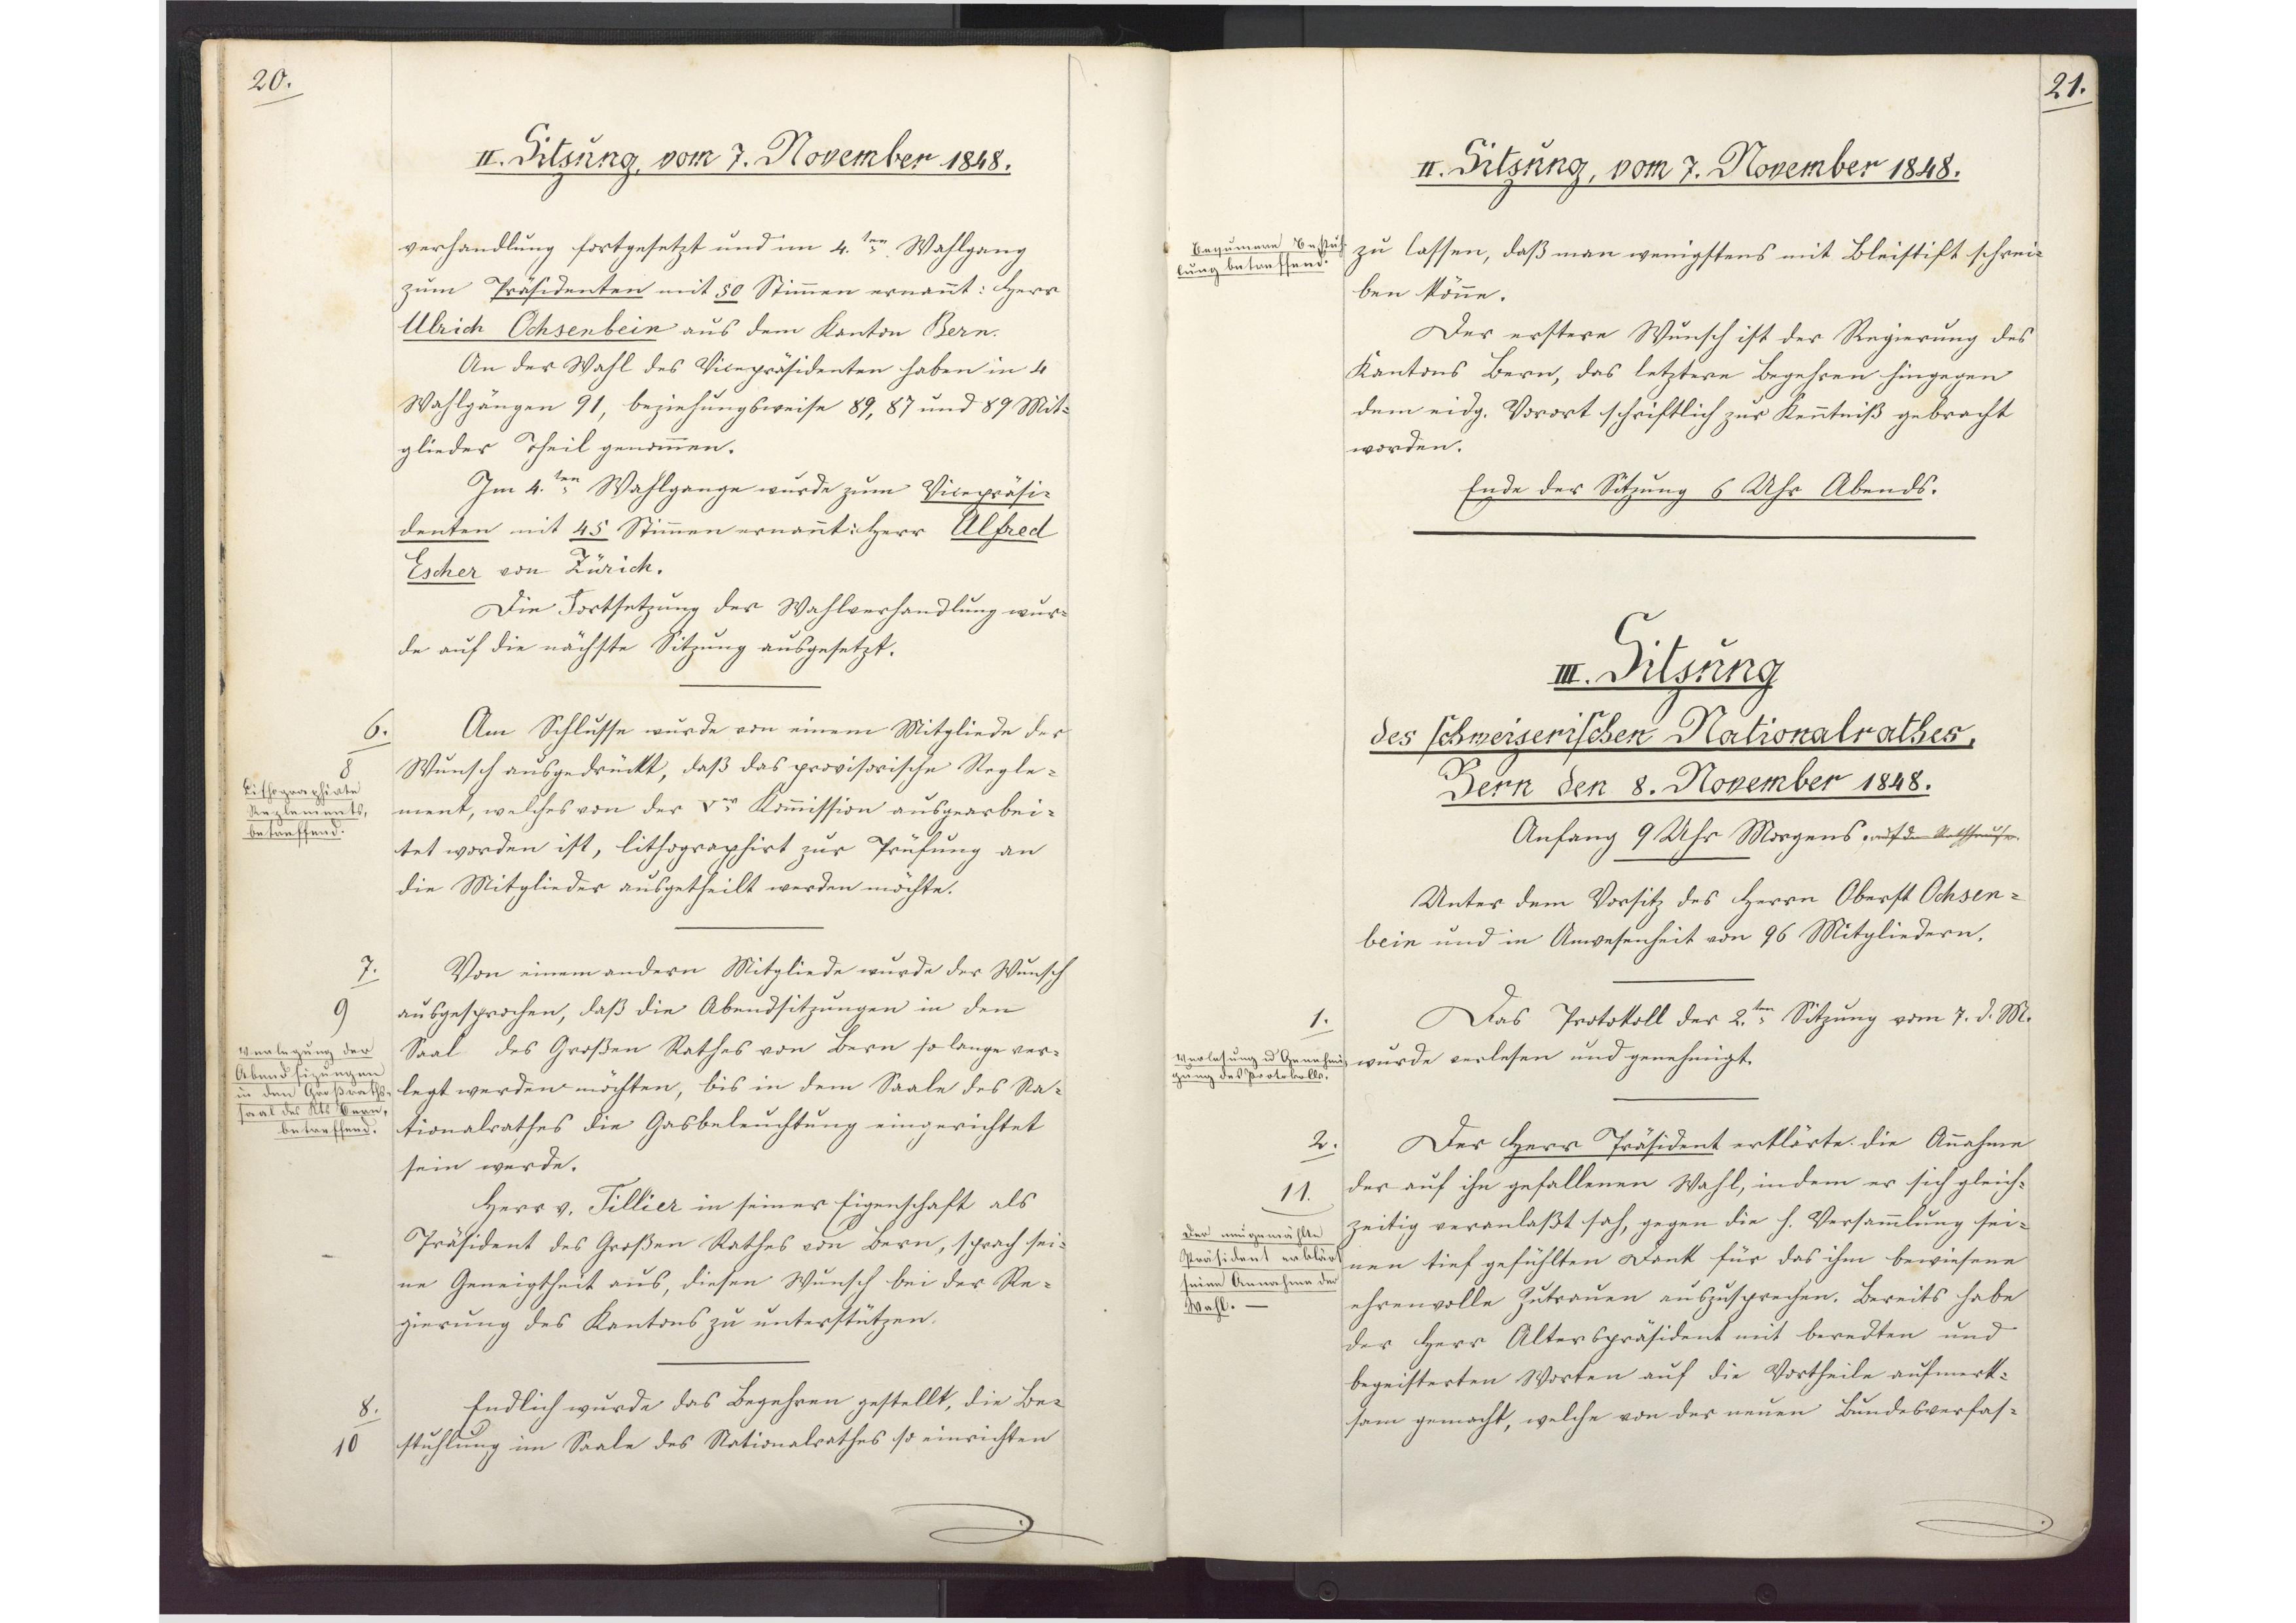
21.

III. Sitzung
des schweizerischen Nationalrathes,
Bern den 8. November 1848.
Anfang 9 Uhr Morgens. auf dem Ratshause.

Unter dem Vorsitz des Herrn Oberst Ochsen¬
bein und in Anwesenheit von 96 Mitgliedern.
Das Protokoll der 2. ten Sitzung vom 7. d. M.
wurde verlesen und genehmigt.
Der Herr Präsident erklärte die Annahme
der auf ihn gefallenen Wahl, indem er sich gleich¬
zeitig veranlaßt sah, gegen die h. Versammlung sei¬
nen tief gefühlten Dank für das ihm bewiesene
ehrenvolle Zutrauen auszusprechen. Bereits habe
der Herr Alterspräsident mit beredten und
begeisterten Worten auf die Vortheile aufmerk¬
sam gemacht, welche von der neuen Bundesverfas¬

1.
Verlesung und Genehmi¬
gung des Protokolls.
2.
11
Der neu gewählte
Präsident erklärt
seine Annahme der
Wahl.